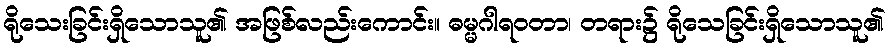
ရိုသေးခြင်းရှိသောသူ၏ အဖြစ်လည်းကောင်း။ ဓမ္မဂါရဝတာ၊ တရား၌ ရိုသေခြင်းရှိသောသူ၏